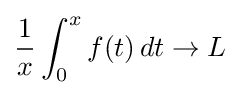
{\frac {1}{x}}\int _{0}^{x}f(t)\,dt\to L